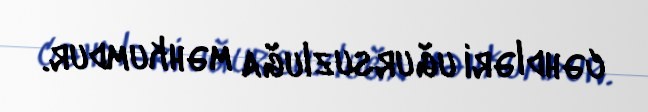
cəhdləri uğursuzluğa məhkumdur.